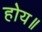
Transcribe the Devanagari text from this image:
होय॥